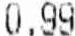
0.99